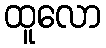
ထူလော